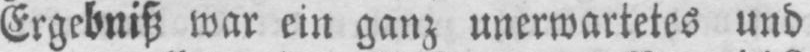
Ergebniß war ein ganz unerwartetes und